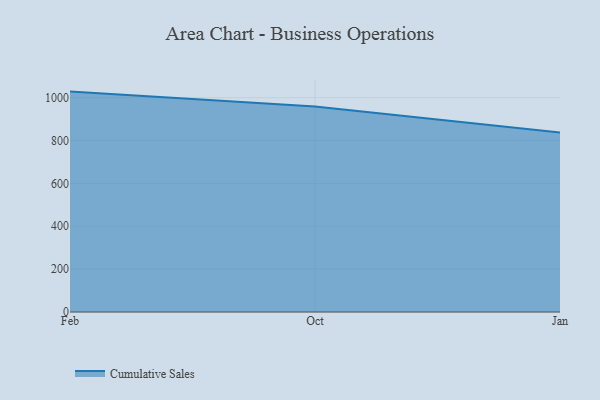
{"axis": {"x": "Month", "y": "Bounce Rate (%)"}, "legend": ["Cumulative Sales"], "data": [{"x": "Feb", "y": 1028.4, "type": "Cumulative Sales"}, {"x": "Oct", "y": 958.4, "type": "Cumulative Sales"}, {"x": "Jan", "y": 837.1, "type": "Cumulative Sales"}]}